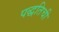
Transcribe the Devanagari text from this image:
पद्धतिची